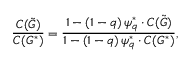
\frac { C ( \tilde { G } ) } { C ( G ^ { * } ) } = \frac { 1 - ( 1 - q ) \, \psi _ { q } ^ { * } \cdot C ( \tilde { G } ) } { 1 - ( 1 - q ) \, \psi _ { q } ^ { * } \cdot C ( G ^ { * } ) } ,